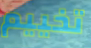
تخييم